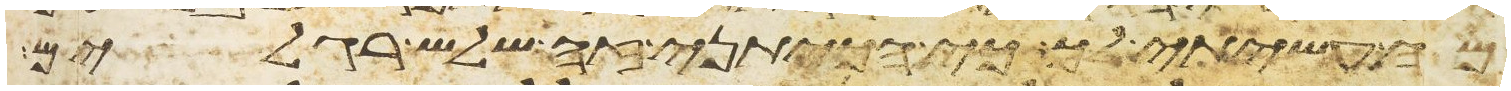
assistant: מה עשיתי לך כי הכיתני זה שלש רגלים